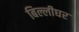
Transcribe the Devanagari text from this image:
बिल्लीघर